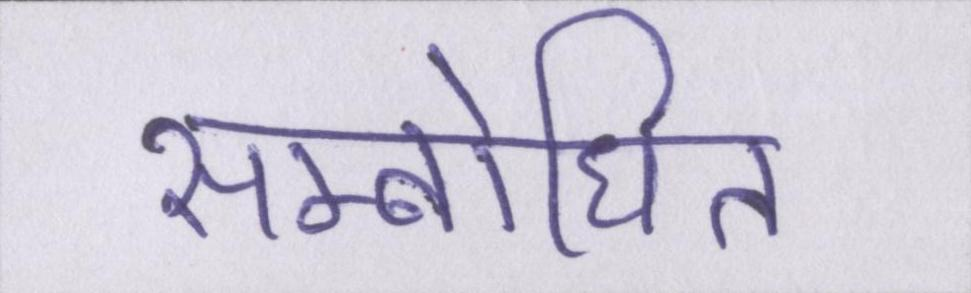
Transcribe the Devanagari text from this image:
सम्बोधित